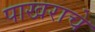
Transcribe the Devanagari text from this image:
पाखराचे